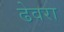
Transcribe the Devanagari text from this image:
ढेवरा